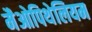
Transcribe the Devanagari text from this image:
मैओपिथेलियम